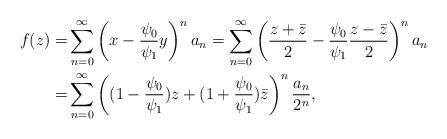
LaTeX: \begin{align*}f(z)= & \sum_{n=0}^{\infty}\left( x - \frac{ \psi_0}{\psi_1} y \right)^n a_n = \sum_{n=0}^{\infty}\left( \frac{z +\bar z}{2} - \frac{ \psi_0}{\psi_1} \frac{z -\bar z}{2} \right)^n a_n \\= & \sum_{n=0}^{\infty}\left( (1 - \frac{ \psi_0}{\psi_1} ) z + (1 + \frac{ \psi_0}{\psi_1} ) \bar z \right)^n \frac{ a_n}{2^n}, \end{align*}